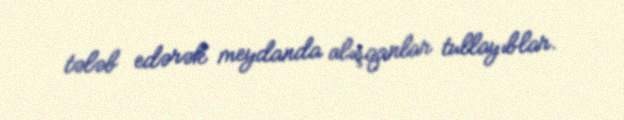
tələb edərək meydanda alışqanlar tullayıblar.